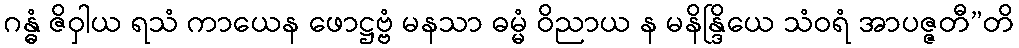
ဂန္ဓံ ဇိဝှါယ ရသံ ကာယေန ဖောဋ္ဌဗ္ဗံ မနသာ ဓမ္မံ ဝိညာယ န မနိန္ဒြိယေ သံဝရံ အာပဇ္ဇတီ”တိ